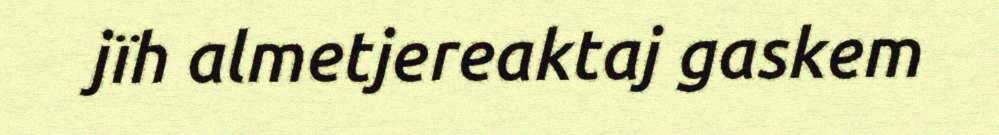
jïh almetjereaktaj gaskem